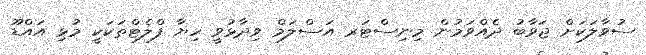
ސުވާލަކަށް ޖަވާބު ދެއްވަމުން މިނިސްޓަރ އަސްލަމް ވިދާޅުވީ ހިޔާ ފްލެޓްތަކަކީ މުޅި އައްޑޫ